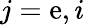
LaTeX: j=\mathrm{e},i